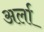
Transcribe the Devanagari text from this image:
अर्ला